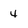
Character: 4